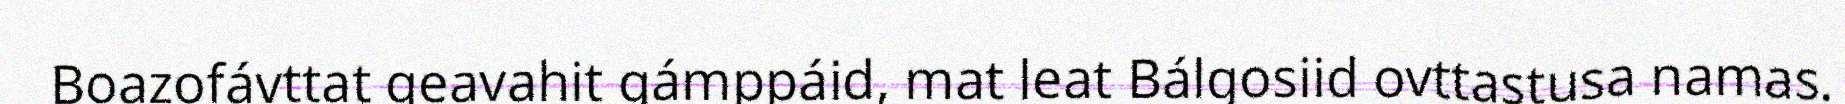
Boazofávttat geavahit gámppáid, mat leat Bálgosiid ovttastusa namas.